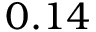
0 . 1 4